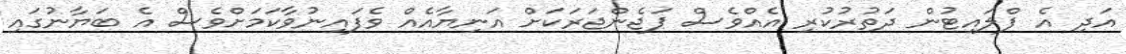
އަދި އެ ފްލައިޓުން ދަތުރުކުރި އެއްވެސް ޕަޖެންޖަރަކަށް އަނިޔާއެއް ވެފައިނުވާކަމަށްވެސް އެ ބަޔާނުގައި